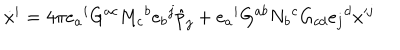
LaTeX: \dot { x } ^ { i } = 4 \pi e _ { a } { } ^ { i } G ^ { a c } M _ { c } { } ^ { b } e _ { b } { } ^ { j } \hat { p } _ { j } + e _ { a } { } ^ { i } G ^ { a b } N _ { b } { } ^ { c } G _ { c d } e _ { j } { } ^ { d } x ^ { j }